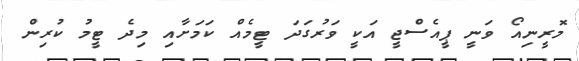
މޮރީނިއޯ ވަނީ ޕީއެސްޖީ އަކީ ވަރުގަދަ ޓީމެއް ކަމަށާއި މިދެ ޓީމު ކުރިން